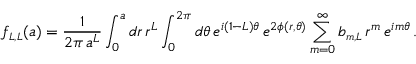
f _ { \scriptscriptstyle { L , L } } ( a ) = \frac { 1 } { 2 \pi \, a ^ { L } } \int _ { 0 } ^ { a } d r \, r ^ { L } \int _ { 0 } ^ { 2 \pi } d \theta \, e ^ { i ( 1 - L ) \theta } \, e ^ { 2 \phi ( r , \theta ) } \sum _ { m = 0 } ^ { \infty } b _ { \scriptscriptstyle { m , L } } \, r ^ { m } \, e ^ { i m \theta } \, .